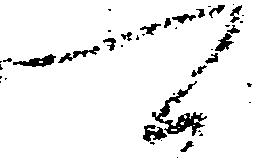
可